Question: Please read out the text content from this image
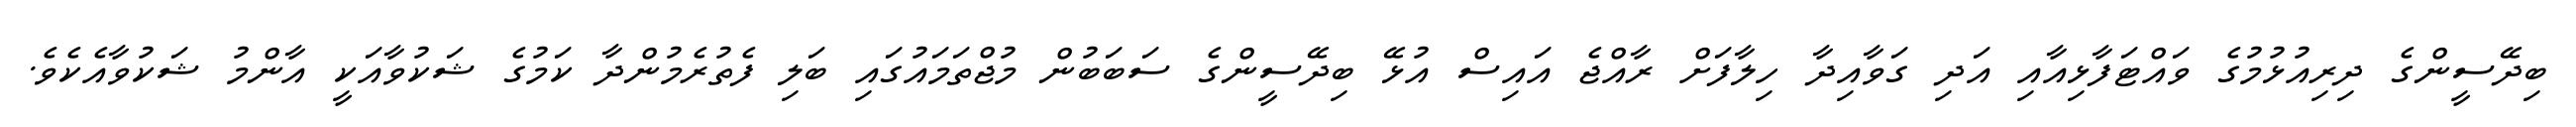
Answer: ބިދޭސީންގެ ދިރިއުޅުމުގެ ވައްޓަފާޅިއާއި އަދި ގަވާއިދާ ހިލާފަށް ރާއްޖެ އައިސް އުޅޭ ބިދޭސީންގެ ސަބަބުން މުޖްތަމައުގައި ބަލި ފެތުރެމުންދާ ކަމުގެ ޝަކުވާއަކީ އާންމު ޝަކުވާއެކެވެ.